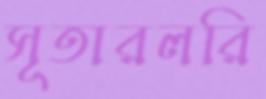
সূতারলরি